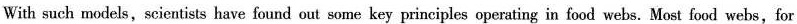
With such models,scientists have found out some key principles operating in food webs. Most food webs,for